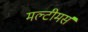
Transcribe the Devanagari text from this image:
मल्टीमर्स